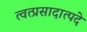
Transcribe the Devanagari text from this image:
त्वत्प्रसादात्पदे